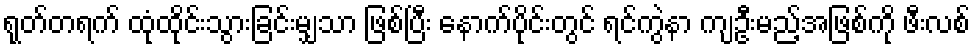
ရုတ်တရက် ထုံထိုင်းသွားခြင်းမျှသာ ဖြစ်ပြီး နောက်ပိုင်းတွင် ရင်ကွဲနာ ကျဦးမည့်အဖြစ်ကို ဖီးလစ်